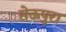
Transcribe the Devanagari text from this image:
सेऊपुरा